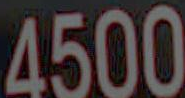
4500